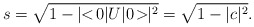
\begin{align*}s = \sqrt{1-|\!\!<\!0|U|0\!>\!\!|^2} = \sqrt{1-|c|^2}. \end{align*}